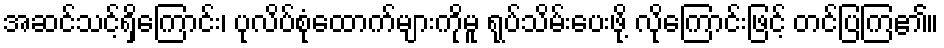
အဆင်သင့်ရှိကြောင်း၊ ပုလိပ်စုံထောက်များကိုမူ ရုပ်သိမ်းပေးဖို့ လိုကြောင်းဖြင့် တင်ပြကြ၏။